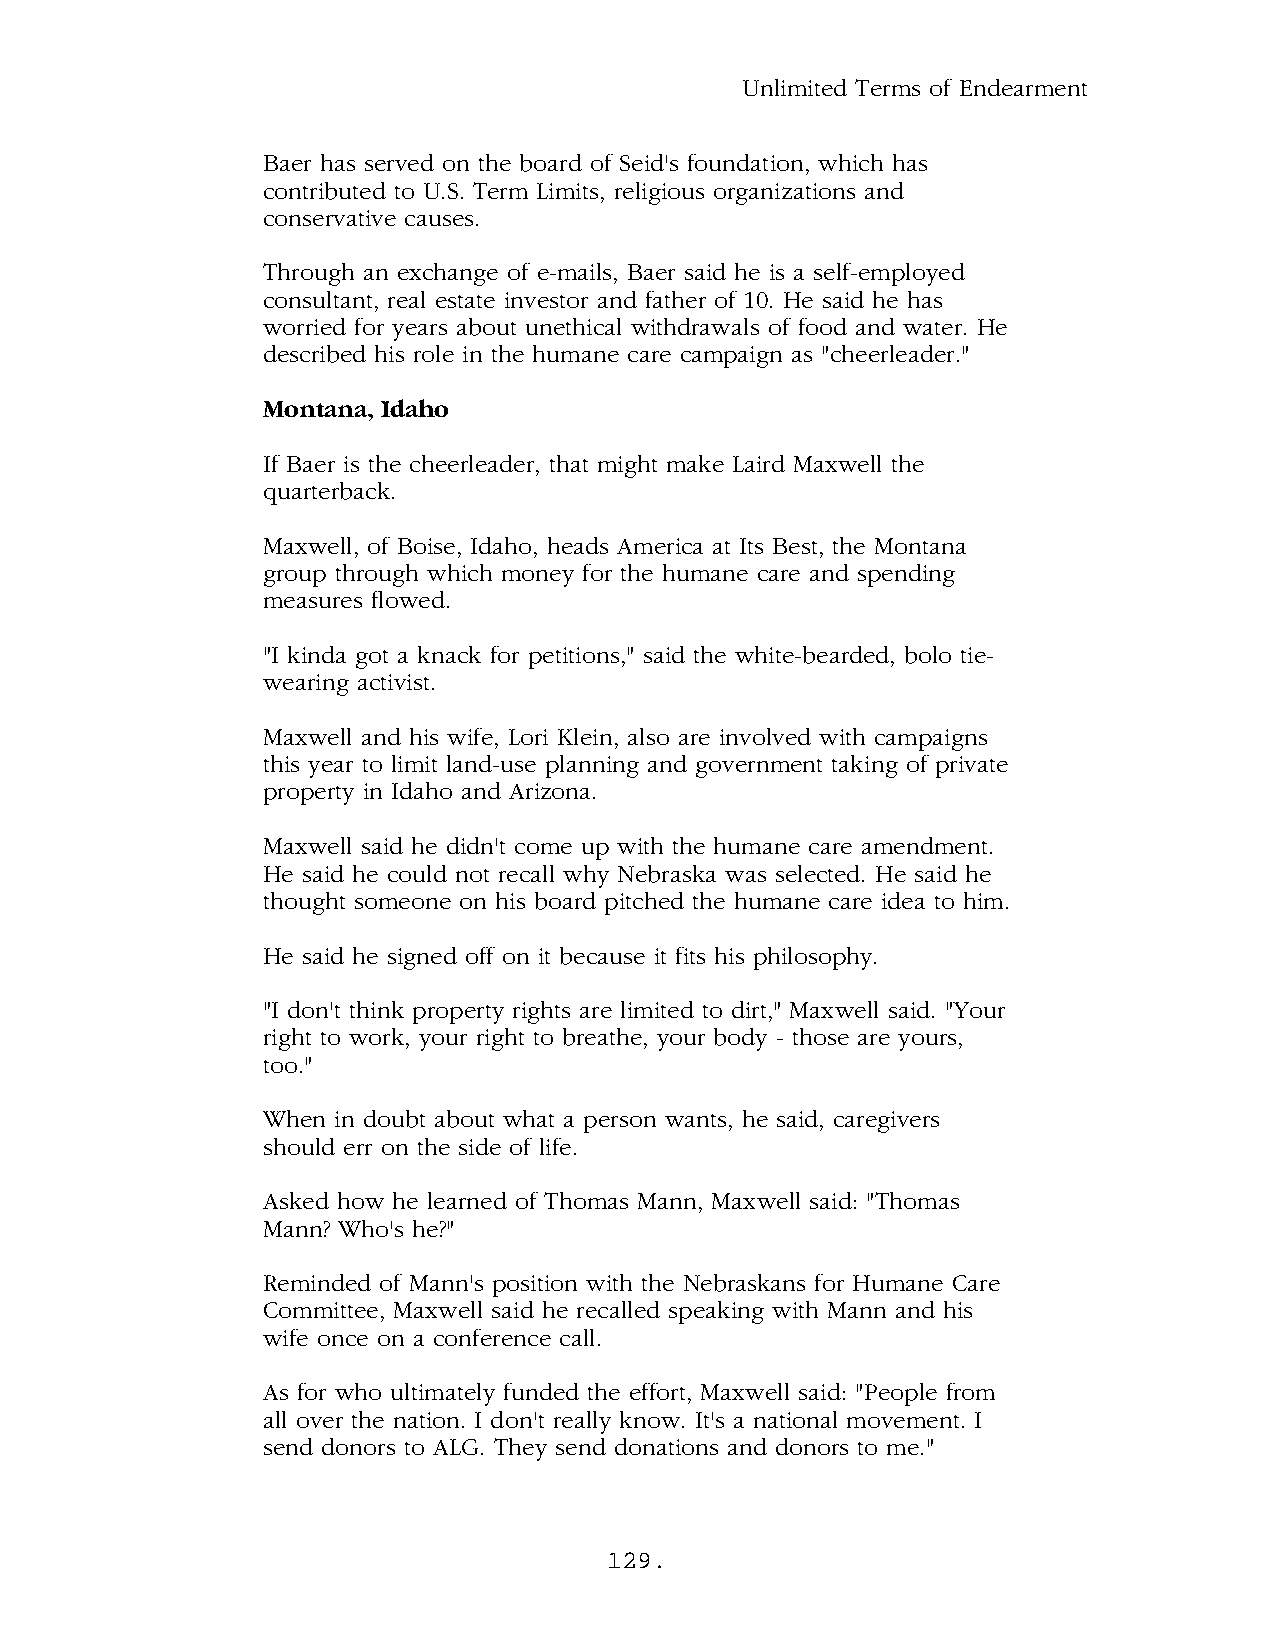
Unlimited Terms of Endearment
 Baer has served on the board of Seid's foundation, which has
 contributed to U.S. Term Limits, religious organizations and
 conservative causes.
 Through an exchange of e-mails, Baer said he is a self-employed
 consultant, real estate investor and father of 10. He said he has
 worried for years about unethical withdrawals of food and water. He
 described his role in the humane care campaign as "cheerleader."
 Montana, Idaho
 If Baer is the cheerleader, that might make Laird Maxwell the
 quarterback.
 Maxwell, of Boise, Idaho, heads America at Its Best, the Montana
 group through which money for the humane care and spending
 measures flowed.
 "I kinda got a knack for petitions," said the white-bearded, bolo tie-
 wearing activist.
 Maxwell and his wife, Lori Klein, also are involved with campaigns
 this year to limit land-use planning and government taking of private
 property in Idaho and Arizona.
 Maxwell said he didn't come up with the humane care amendment.
 He said he could not recall why Nebraska was selected. He said he
 thought someone on his board pitched the humane care idea to him.
 He said he signed off on it because it fits his philosophy.
 "I don't think property rights are limited to dirt," Maxwell said. "Your
 right to work, your right to breathe, your body - those are yours,
 too."
 When in doubt about what a person wants, he said, caregivers
 should err on the side of life.
 Asked how he learned of Thomas Mann, Maxwell said: "Thomas
 Mann? Who's he?"
 Reminded of Mann's position with the Nebraskans for Humane Care
 Committee, Maxwell said he recalled speaking with Mann and his
 wife once on a conference call.
 As for who ultimately funded the effort, Maxwell said: "People from
 all over the nation. I don't really know. It's a national movement. I
 send donors to ALG. They send donations and donors to me."
 129.